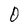
Character: O